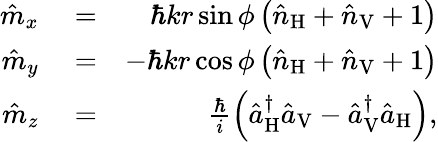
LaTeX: \begin{array}{rlr}{\hat{m}_{x}}&{{}=}&{\hbar kr\sin\phi\left(\hat{n}_{\mathrm{H}}+\hat{n}_{\mathrm{V}}+1\right)}\\ {\hat{m}_{y}}&{{}=}&{-\hbar kr\cos\phi\left(\hat{n}_{\mathrm{H}}+\hat{n}_{\mathrm{V}}+1\right)}\\ {\hat{m}_{z}}&{{}=}&{\frac{\hbar}{i}\left(\hat{a}_{\mathrm{H}}^{\dagger}\hat{a}_{\mathrm{V}}-\hat{a}_{\mathrm{V}}^{\dagger}\hat{a}_{\mathrm{H}}\right),}\end{array}